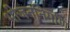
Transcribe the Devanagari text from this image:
भोजननिर्माण